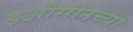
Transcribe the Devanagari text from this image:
इओसीनच्या